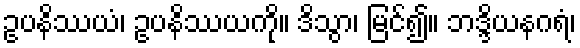
ဥပနိဿယံ၊ ဥပနိဿယကို။ ဒိသွာ၊ မြင်၍။ ဘဒ္ဒိယနဂရံ၊